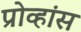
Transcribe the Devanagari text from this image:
प्रोव्हांस